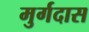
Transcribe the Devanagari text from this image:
मुर्गदास